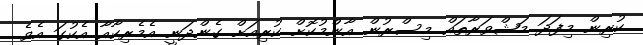
ކުރިން މިފަދަ މަޝްވަރާތައް މިސްރުން އާންމުކޮށް ކުރިއަށް ގެންދަނީ އެމެރިކާއާ އެކުގަ އެވެ.